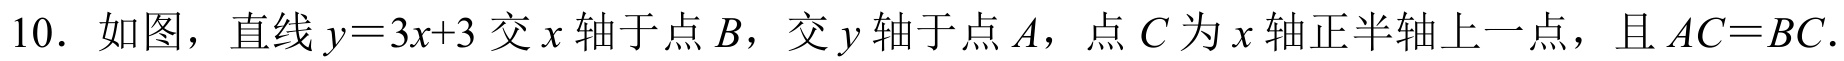
10. 如图，直线\(y = 3x + 3\)交\(x\)轴于点\(B\)，交\(y\)轴于点\(A\)，点\(C\)为\(x\)轴正半轴上一点，且\(AC = BC\).